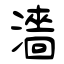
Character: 濇